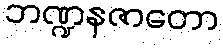
ဘဏ္ဍနဇာတော